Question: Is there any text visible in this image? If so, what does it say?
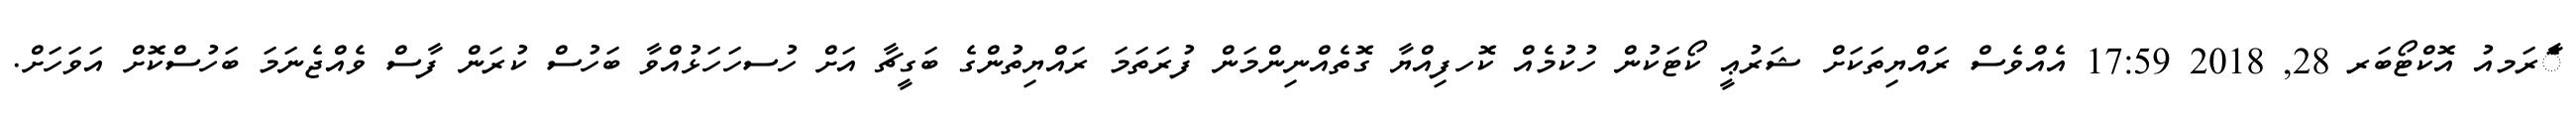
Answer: ާަެރަމއު އޮކްޓޯބަރ 28, 2018 17:59 އެއްވެސް ރައްޔިތަކަށް ޝަރުޢީ ކޯޓަކުން ހުކުމެއް ކޮހފިއްޔާ ގޮތެއްނިންމަން ފުރަތަމަ ރައްޔިތުންގެ ބަގީޗާ އަށް ހުސހަހަޅުއްވާ ބަހުސް ކުރަން ފާސް ވެއްޖެނަމަ ބަހުސްކޮށް އަވަހަށް.